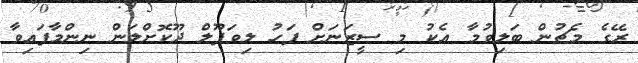
ރޭގެ މެޗުން ބަލިވުމާ އެކު މި ސީޒަނަށް ފަހު ލިވަޕޫލް ދޫކޮށްލަން ނިންމާފައިވާ